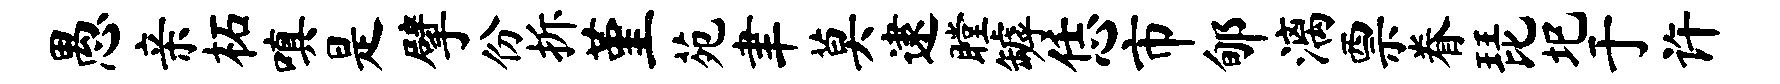
愚亲柘嗔是擘份拆堇苑聿莫逮瞠罅恁市郇漓票眷琵圯于许